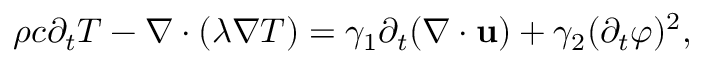
\begin{array} { r } { \rho c \partial _ { t } T - \nabla \cdot ( \lambda \nabla T ) = \gamma _ { 1 } \partial _ { t } ( \nabla \cdot \mathbf u ) + \gamma _ { 2 } ( \partial _ { t } \boldsymbol \varphi ) ^ { 2 } , } \end{array}